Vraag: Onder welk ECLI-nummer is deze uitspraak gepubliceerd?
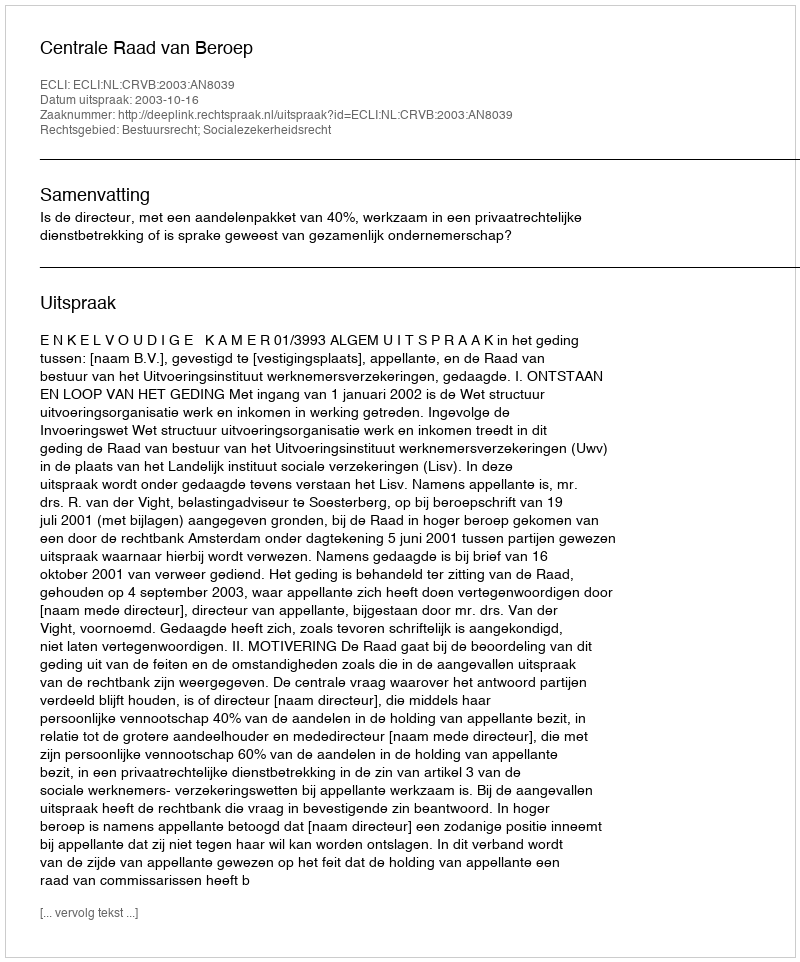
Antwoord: ECLI:NL:CRVB:2003:AN8039